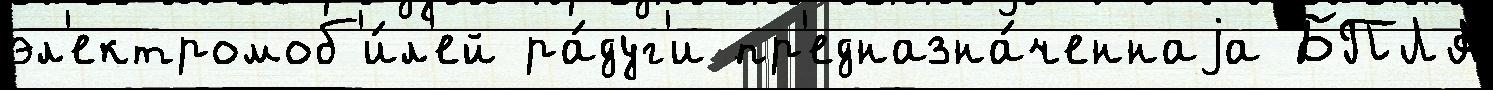
эл'ектромоб'и́л'ей ра́дуг'и пр'едназна́ченнаjа БПЛА